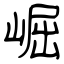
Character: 崛